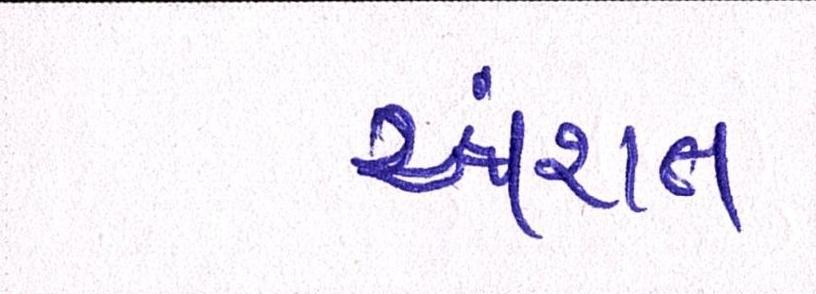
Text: અંશત